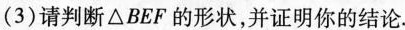
(3)请判断△BEF的形状，并证明你的结论.